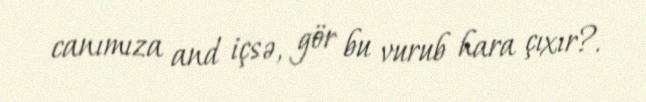
canımıza and içsə, gör bu vurub hara çıxır?.